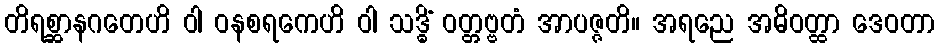
တိရစ္ဆာနဂတေဟိ ဝါ ဝနစရကေဟိ ဝါ သဒ္ဓိံ ဝတ္တဗ္ဗတံ အာပဇ္ဇတိ။ အရညေ အဓိဝတ္ထာ ဒေဝတာ